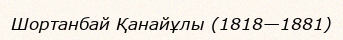
Шортанбай Қанайұлы (1818—1881)